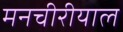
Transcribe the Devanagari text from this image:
मनचीरीयाल